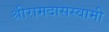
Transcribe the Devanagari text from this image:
श्रीरामदासस्वामी